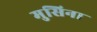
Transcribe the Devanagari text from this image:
मुसिना